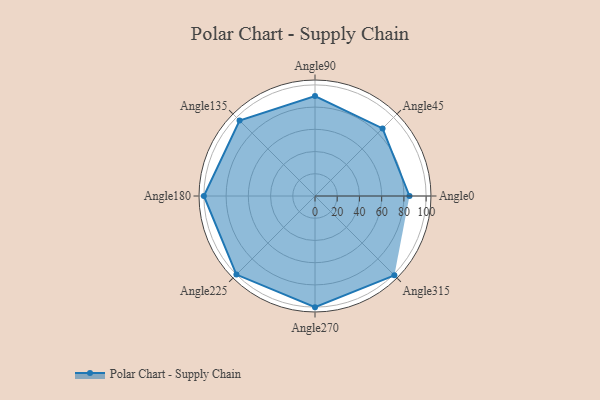
{"axis": {"x": "Angle", "y": "Radius"}, "legend": [""], "data": [{"x": "Angle0", "y": 85.0, "type": ""}, {"x": "Angle45", "y": 86.0, "type": ""}, {"x": "Angle90", "y": 90.0, "type": ""}, {"x": "Angle135", "y": 96.0, "type": ""}, {"x": "Angle180", "y": 100.0, "type": ""}, {"x": "Angle225", "y": 100.0, "type": ""}, {"x": "Angle270", "y": 100.0, "type": ""}, {"x": "Angle315", "y": 101.0, "type": ""}]}